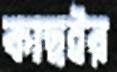
কাছইর